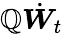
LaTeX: \boldsymbol{\mathbb{Q}}\dot{{{\boldsymbol{W}}}}_{t}